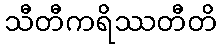
သီတီကရိဿတီတိ